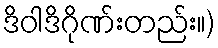
ဒိဝါဒိဂိုဏ်းတည်း။)